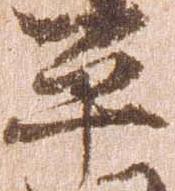
平